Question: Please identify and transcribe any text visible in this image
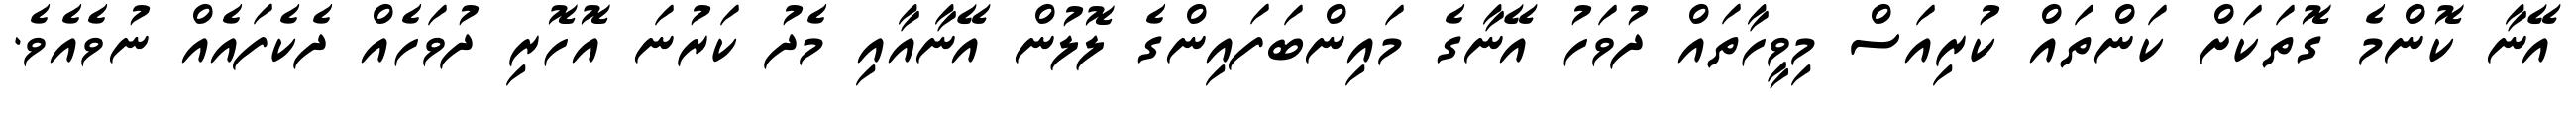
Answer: އޭނާ ކޮންމެ ގޮތަކަށް ކަންތައް ކުރިއަސް މިވީހާތައް ދުވަހު އޭނާގެ މައިންބަފައިންގެ ލޮލުން އޭނާއާއި މެދު ކަރުނަ އޮހޮރި ދުވަހެއް ދެކެފައެއް ނުވެއެވެ.